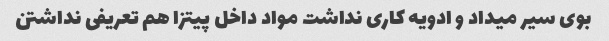
بوی سیر میداد و ادویه کاری نداشت مواد داخل پیتزا هم تعریفی نداشتن